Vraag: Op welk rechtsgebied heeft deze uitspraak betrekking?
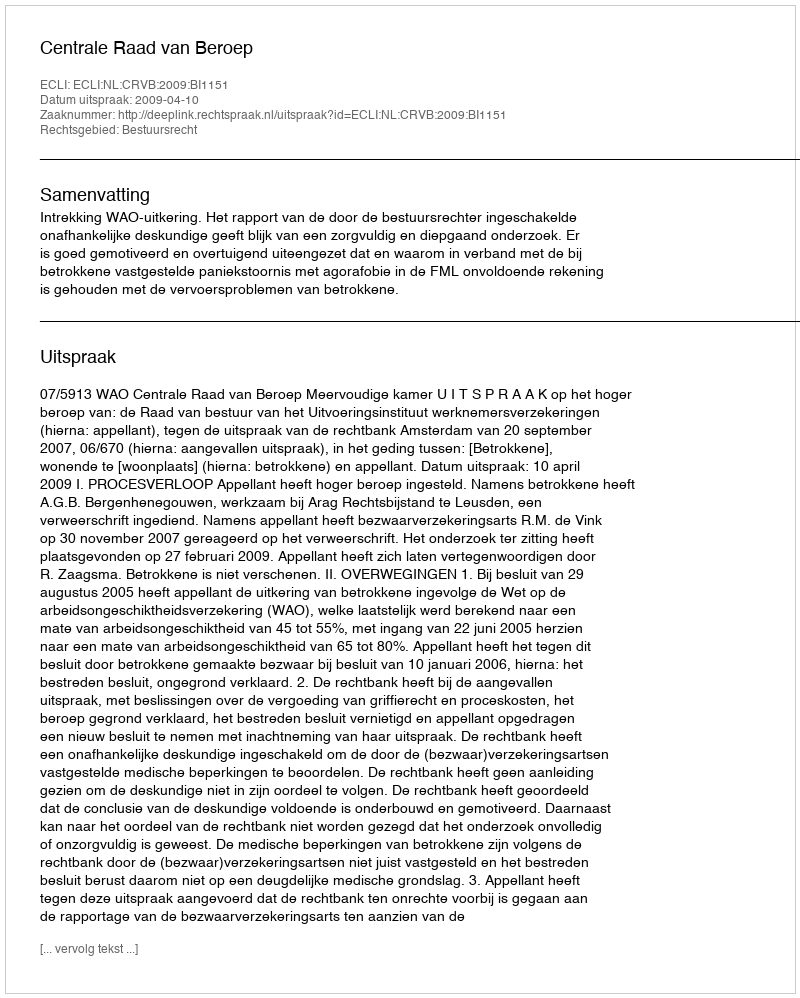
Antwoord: Bestuursrecht